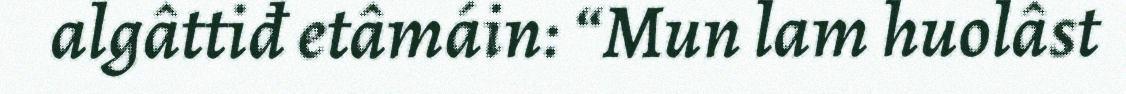
algâttiđ etâmáin: “Mun lam huolâst